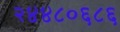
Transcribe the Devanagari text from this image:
२४४८०६८६